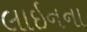
લાઇનના